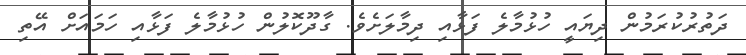
ދަތުރުކުރަމުން ދިޔައީ ހުޅުމާލެ ފަޅާއި ދިމާލަށެވެ. ގާދޫކޮލުން ހުޅުމާލެ ފަޅާއި ހަމައަށް އޭތި